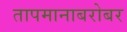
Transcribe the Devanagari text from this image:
तापमानाबरोबर